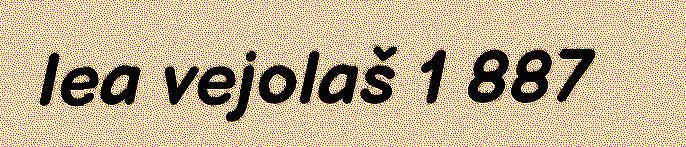
lea vejolaš 1 887